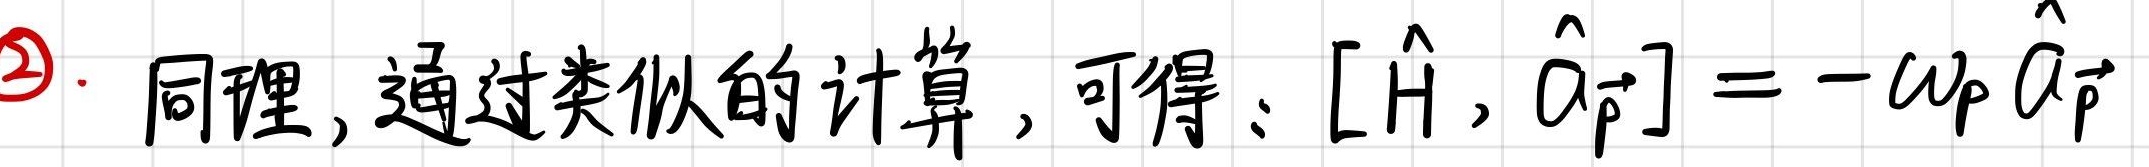
\textcircled{2}. 同理, 通过类似的计算, 可得: $[\hat{H}, \hat{a}_{\vec{p}}]=-\omega_{\vec{p}} \hat{a}_{\vec{p}}$